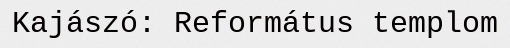
Kajászó: Református templom